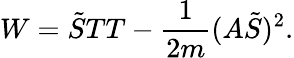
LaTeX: W=\tilde{S}TT-\frac{1}{2m}(A\tilde{S})^{2}.